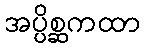
အပ္ပိစ္ဆကထာ